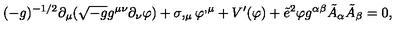
( - g ) ^ { - 1 / 2 } \partial _ { \mu } ( \sqrt { - g } g ^ { \mu \nu } \partial _ { \nu } \varphi ) + \sigma , _ { \mu } \varphi ^ { , \mu } + V ^ { \prime } ( \varphi ) + \tilde { e } ^ { 2 } \varphi g ^ { \alpha \beta } \tilde { A } _ { \alpha } \tilde { A } _ { \beta } = 0 ,